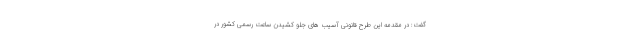
گفت: در مقدمه این طرح قانونی آسیب های جلو کشیدن ساعت رسمی کشور در